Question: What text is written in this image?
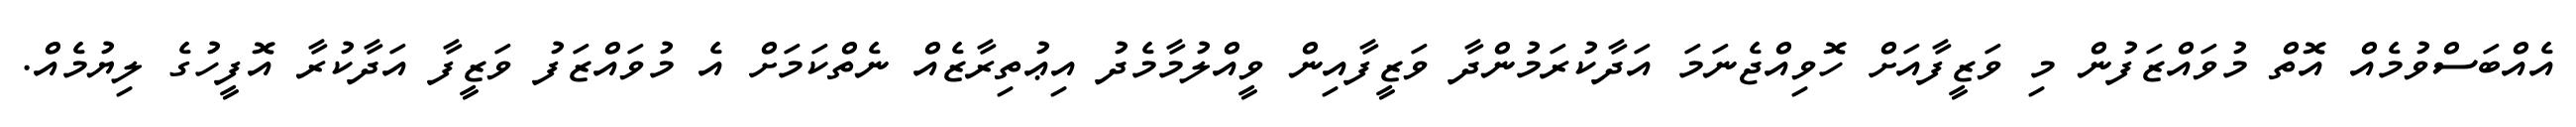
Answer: އެއްބަސްވުމެއް އޮތް މުވައްޒަފުން މި ވަޒީފާއަށް ހޮވިއްޖެނަމަ އަދާކުރަމުންދާ ވަޒީފާއިން ވީއްލުމާމެދު އިޢުތިރާޒެއް ނެތްކަމަށް އެ މުވައްޒަފު ވަޒީފާ އަދާކުރާ އޮފީހުގެ ލިޔުމެއް.